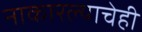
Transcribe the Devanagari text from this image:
नाकारल्याचेही